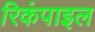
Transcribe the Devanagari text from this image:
रिकंपाइल